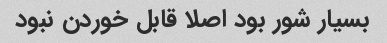
بسیار شور بود اصلا قابل خوردن نبود